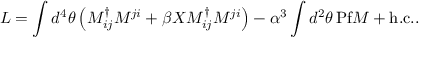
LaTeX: { \cal L } = \int d ^ { 4 } \theta \left( M _ { i j } ^ { \dag } M ^ { j i } + \beta X M _ { i j } ^ { \dag } M ^ { j i } \right) - \alpha ^ { 3 } \int d ^ { 2 } \theta \, \mathrm { P f } M + \mathrm { h . c . } .